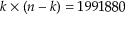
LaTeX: k \times ( n - k ) = 1 9 9 1 8 8 0